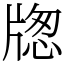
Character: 牎